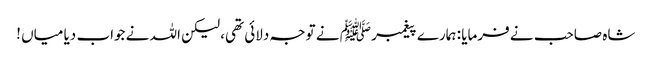
شاہ صاحب نے فرمایا : ہمارے پیغمبر ﷺ نے توجہ دلائی تھی، لیکن اللہ نے جواب دیا میاں !